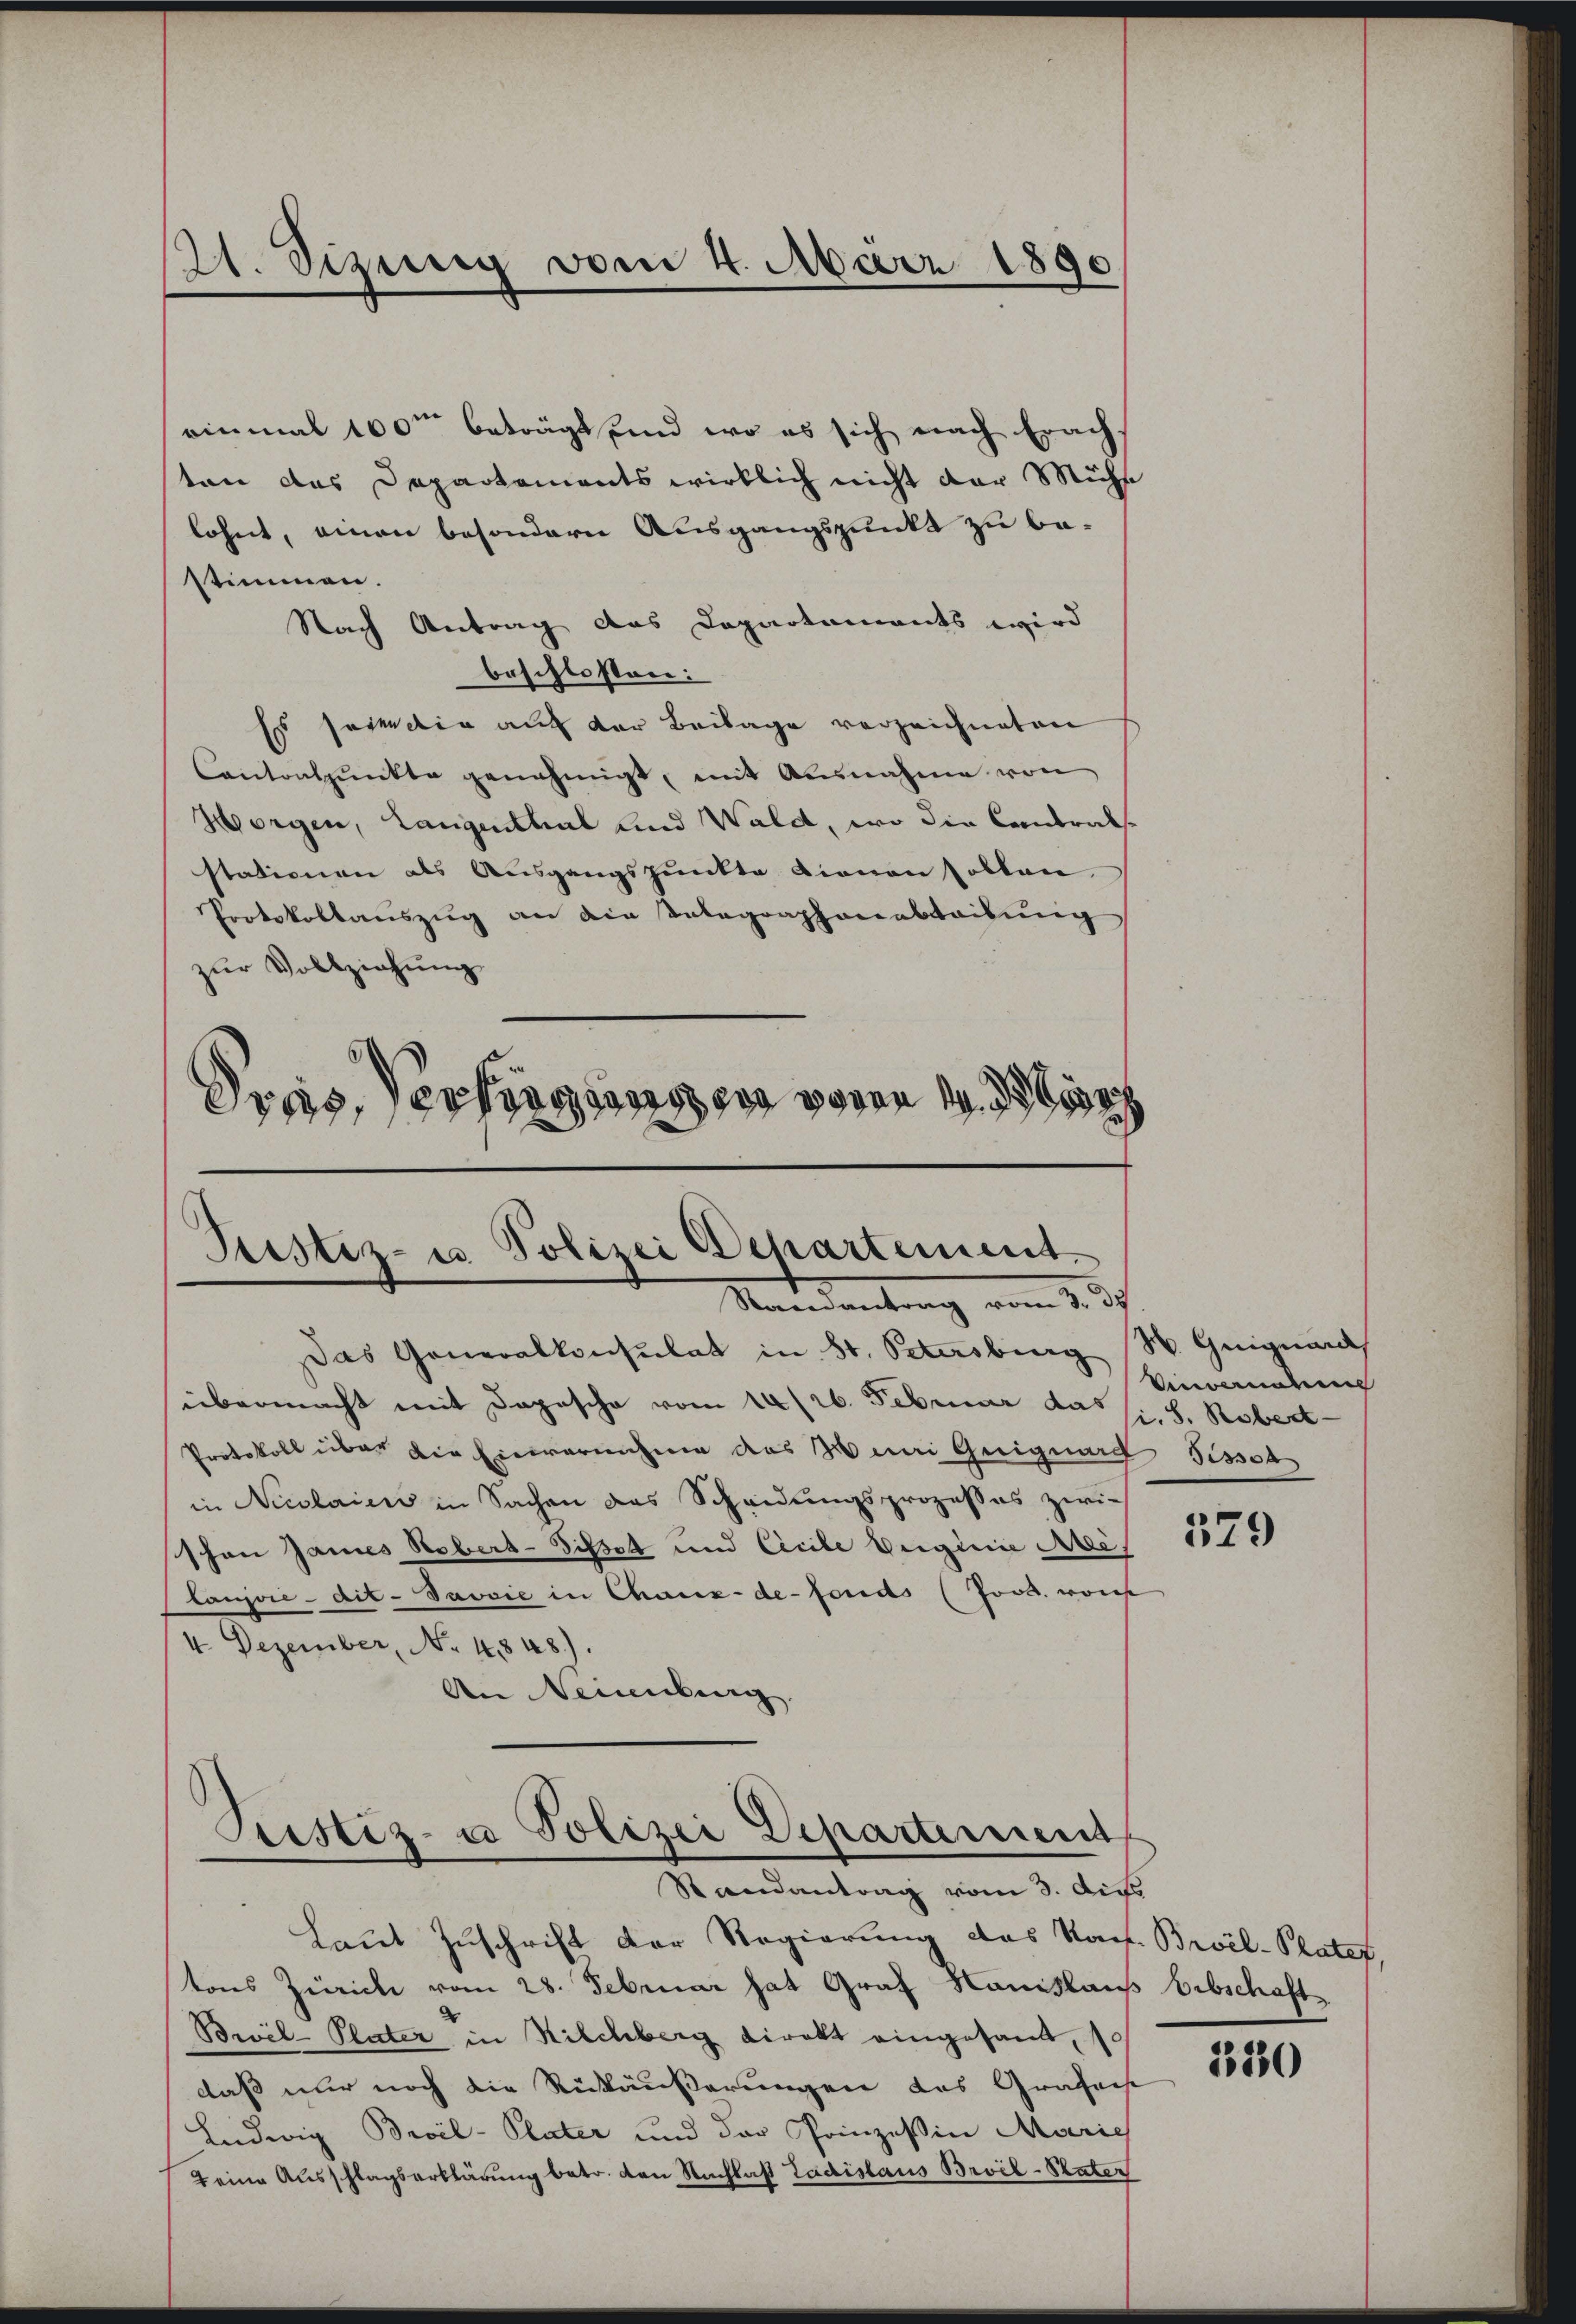
21. Sizung vom 4. März 1890

einmal 100ten beträgt und wo es sich nach Erach-
sten das Departements wirklich nicht der Mühe
lohnt, einen besondere Ausgangspunkt zu bestimmen.
Nach Antrag das Departaments wird
beschlossen:
Es sei die auf der Beilage verzeichneten
Cantonspŭnkte genehmigt, mit Ausnahme von
Morgen, Langenthal und Wald, wo die Contralstationen als Ausgangspunkte Lienen sollen
Protokollauszug an die Telegraphenabtribung,
zur Vollziehung
Dras, erkassens er waren 1. Nor

Justiz- u. Polizei Departement.
Mandantung vom 2. d.

Justiz- u Polizei Departement
Randantrag vom 3. Aus
Laut Zuschrift der Regierung des Nach Broil-Platef,

Das Generalkonsulat in St. Petersburg S. Guignard
übermacht mit Dopische vom 14/26. Februar das (s. S. Rebert
Protokoll über die Einvernahme des Anai Guignach Tissotz
in Nicolaien in Sachen das Scheidungsprozesses zwischon James Robert-Sisset und Cicile Verginie Meilanjvie-dit-Javvić in Chaux-de-Fonds (Jood. wor
4. Dezember, No 4848).
An Neinkung

Unvername

tons Zürich vom 28. Februar hat Graf Honislaus Erbschaft
Bril-Plater in Kilchberg direkt eingesandt, so
daß nur noch die Rückäußerungen das Grafecht
Ludwig Broil-Plater und der Prinzessin Marie
2 eine Ausschlagserklärung betr. den Nachlaß Ladislaus Broil-Pater

379

130